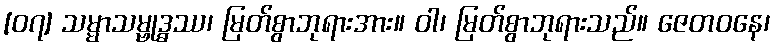
[၀၇] သမ္မာသမ္ဗုဒ္ဓဿ၊ မြတ်စွာဘုရားအား။ ဝါ၊ မြတ်စွာဘုရားသည်။ ဇေတဝနေ၊